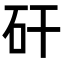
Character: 矸